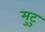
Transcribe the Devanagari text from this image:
मुटु